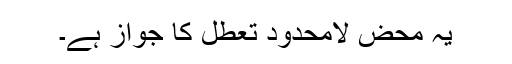
یہ محض لامحدود تعطل کا جواز ہے۔